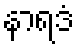
နာရဒံ